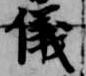
儀